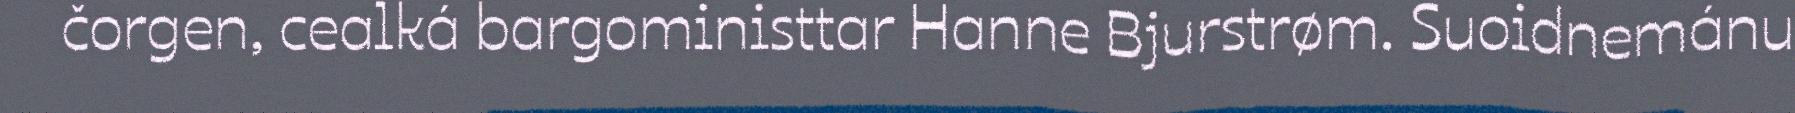
čorgen, cealká bargoministtar Hanne Bjurstrøm. Suoidnemánu